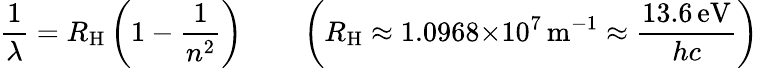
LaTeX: {\frac{1}{\lambda}}=R_{\mathrm{H}}\left(1-{\frac{1}{n^{2}}}\right)\qquad\left(R_{\mathrm{H}}\approx 1.0968{\times}10^{7}\, {\mathrm{m}}^{-1}\approx{\frac{13.6\, {\mathrm{eV}}}{hc}}\right)